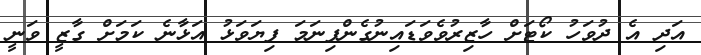
އަދި އެ ދުވަހު ކޯޓަށް ހާޒިރުވެވަޑައިނުގެންފިނަމަ ފިޔަވަޅު އަޅާނެ ކަމަށް ގާޒީ ވަނީ